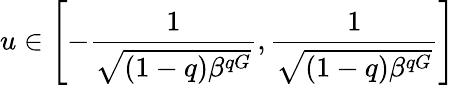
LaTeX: u\in\left[-\frac{1}{\sqrt{(1-q)\beta^{qG}}},\frac{1}{\sqrt{(1-q)\beta^{qG}}}\right]